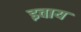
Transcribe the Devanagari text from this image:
इवाय